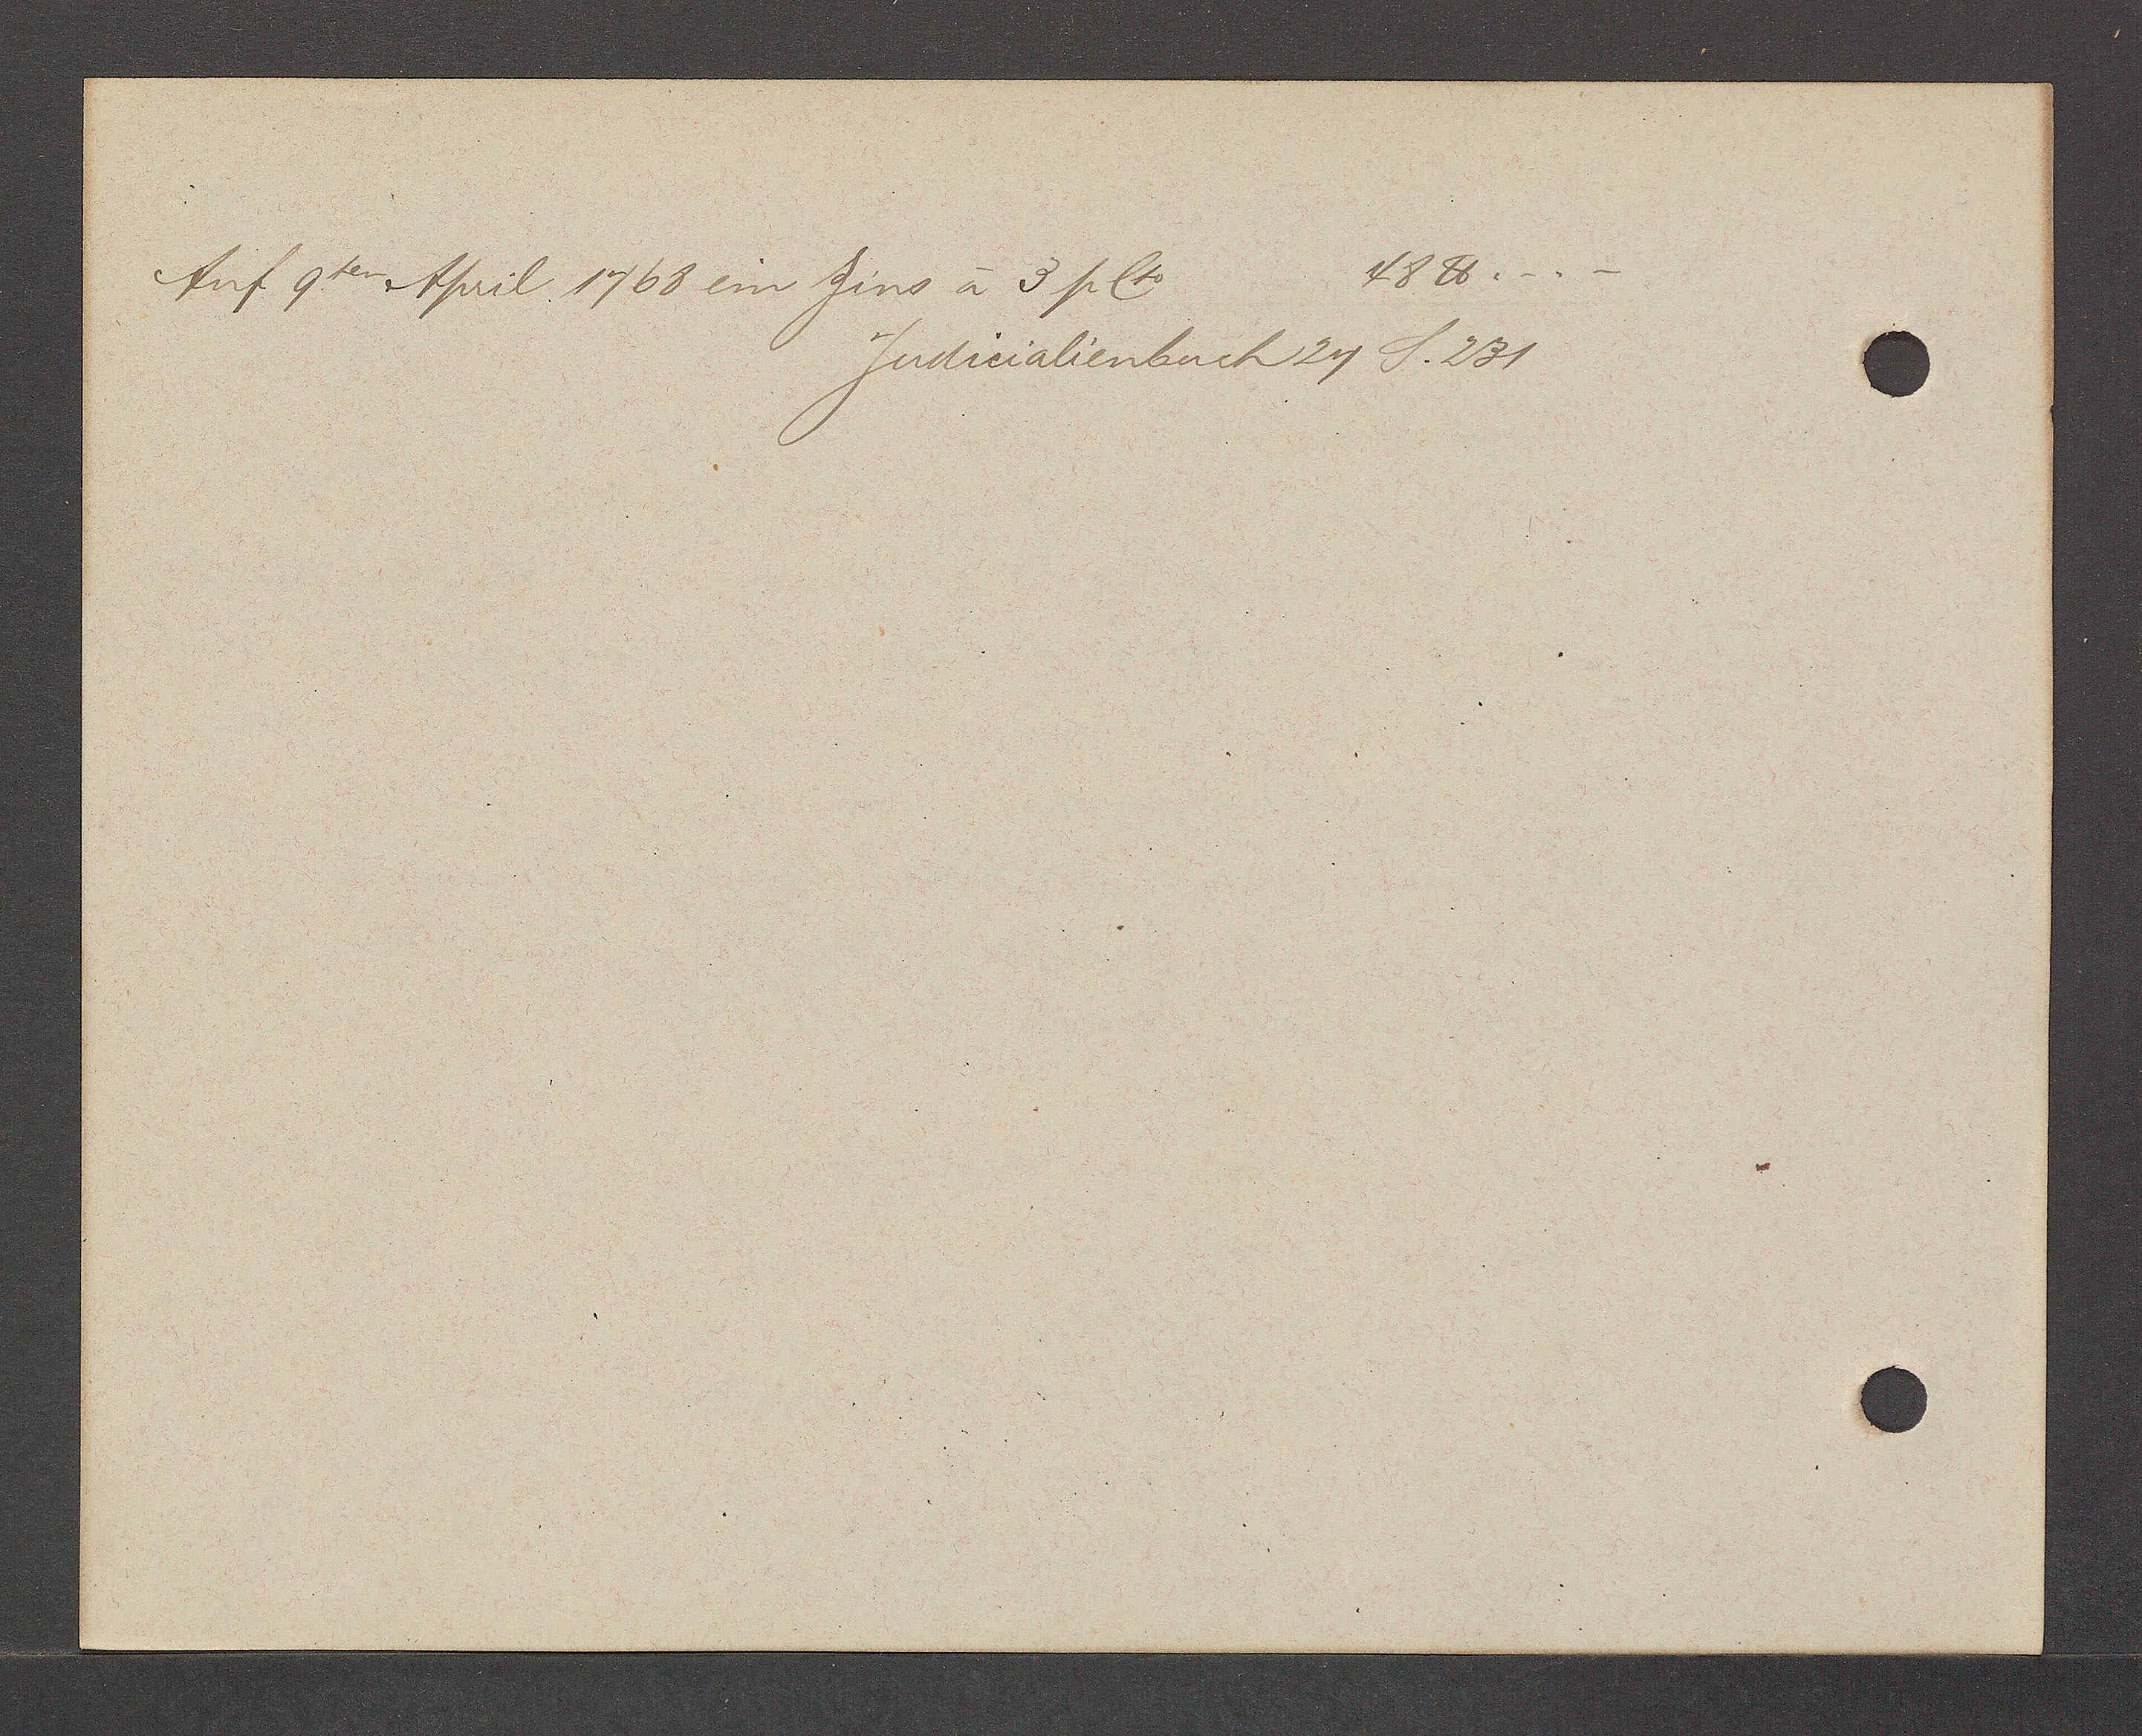
Transcript:
48 ℔.-.-
Auf 9ten April. 1768 ein Zins à 3 pcto
judicialienbuch 24 S. 231